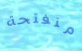
منفتحة